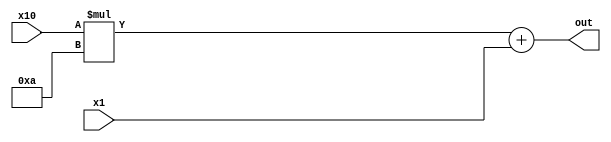
module Concatenate(
input [3:0] x10, x1,
output [6:0] out);

assign out = x10*(4'd10)+x1;

endmodule